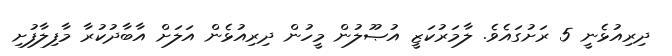
ދިރިއުޅެނީ 5 ރަށުގައެވެ. ލާމަރުކަޒީ އުޞޫލުން މީހުން ދިރިއުޅެން އަލަށް އާބާދުކުރާ މާފިލާފުށި